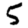
Digit: 5